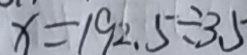
x = 1 9 2 . 5 \div 3 . 5